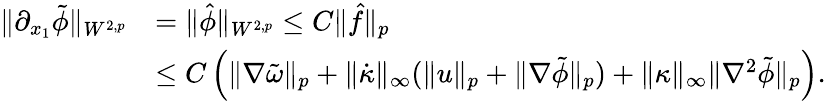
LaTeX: \begin{array}{rl}{\| \partial_{x_{1}}\tilde{\phi}\| _{W^{2,p}}}&{=\| \hat{\phi}\| _{W^{2,p}}\leq C\| \hat{f}\| _{p}}\\ &{\leq C\left(\| \nabla\tilde{\omega}\| _{p}+\| \dot{\kappa}\| _{\infty}(\| u\| _{p}+\| \nabla\tilde{\phi}\| _{p})+\| \kappa\| _{\infty}\| \nabla^{2}\tilde{\phi}\| _{p}\right).}\end{array}